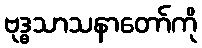
ဗုဒ္ဓသာသနာတော်ကို